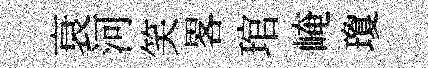
衰河笑畧琯崦瓊